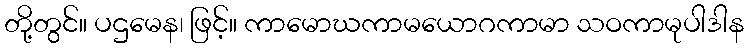
တို့တွင်။ ပဌမေန၊ ဖြင့်။ ကာမောဃကာမယောဂကာမာ သဝကာမုပါဒါန